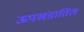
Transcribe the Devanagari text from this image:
ऊपखंडातिल